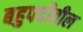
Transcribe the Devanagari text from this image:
बहुपदीतील